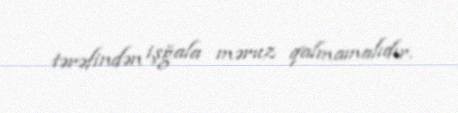
tərəfindən işğala məruz qalmamalıdır.